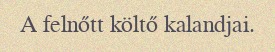
A felnőtt költő kalandjai.